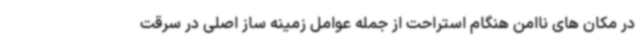
در مکان های ناامن هنگام استراحت از جمله عوامل زمینه ساز اصلی در سرقت